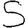
Digit: 5